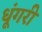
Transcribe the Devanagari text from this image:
धूंगरी